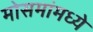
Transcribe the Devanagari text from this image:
मोसमांमध्ये